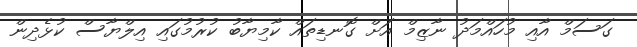
ގަސަމް އާއި މުހައްމަދު ނާޒިމް އަށް ގޮނޑިތައް ކާމިޔާބު ކުރުމުގައި އިލްޔާސް ކުޅެދިން